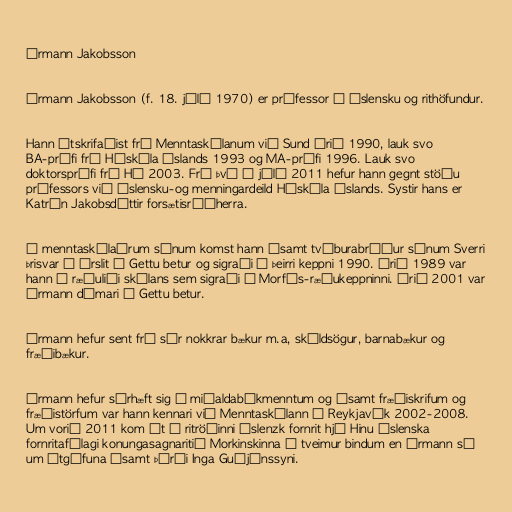
Ármann Jakobsson

Ármann Jakobsson (f. 18. júlí 1970) er prófessor í íslensku og rithöfundur.

Hann útskrifaðist frá Menntaskólanum við Sund árið 1990, lauk svo
BA-prófi frá Háskóla Íslands 1993 og MA-prófi 1996. Lauk svo
doktorsprófi frá HÍ 2003. Frá því í júlí 2011 hefur hann gegnt stöðu
prófessors við íslensku-og menningardeild Háskóla Íslands. Systir hans er
Katrín Jakobsdóttir forsætisráðherra.

Á menntaskólaárum sínum komst hann ásamt tvíburabróður sínum Sverri
þrisvar í úrslit í Gettu betur og sigraði í þeirri keppni 1990. Árið 1989 var
hann í ræðuliði skólans sem sigraði í Morfís-ræðukeppninni. Árið 2001 var
Ármann dómari í Gettu betur.

Ármann hefur sent frá sér nokkrar bækur m.a, skáldsögur, barnabækur og
fræðibækur.

Ármann hefur sérhæft sig í miðaldabókmenntum og ásamt fræðiskrifum og
fræðistörfum var hann kennari við Menntaskólann í Reykjavík 2002-2008.
Um vorið 2011 kom út í ritröðinni Íslenzk fornrit hjá Hinu íslenska
fornritafélagi konungasagnaritið Morkinskinna í tveimur bindum en Ármann sá
um útgáfuna ásamt Þórði Inga Guðjónssyni.